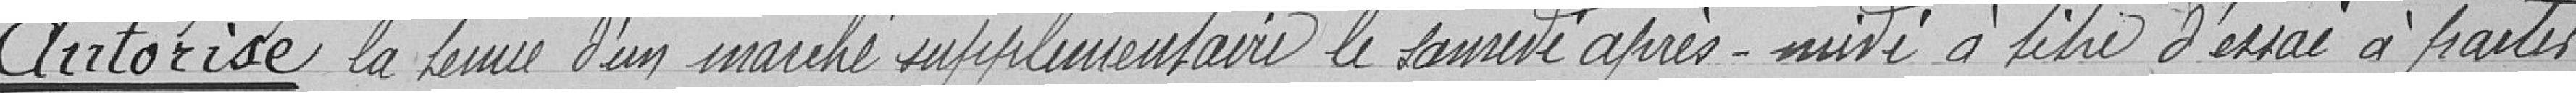
Autorise la tenue d'un marché supplémentaire le samedi après-midi à titre d'essai à partir